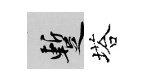
暫塔